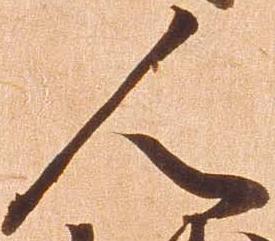
人